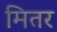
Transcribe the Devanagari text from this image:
मितर